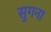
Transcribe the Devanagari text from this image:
सुगना